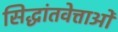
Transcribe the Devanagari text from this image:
सिद्धांतवेत्ताओं